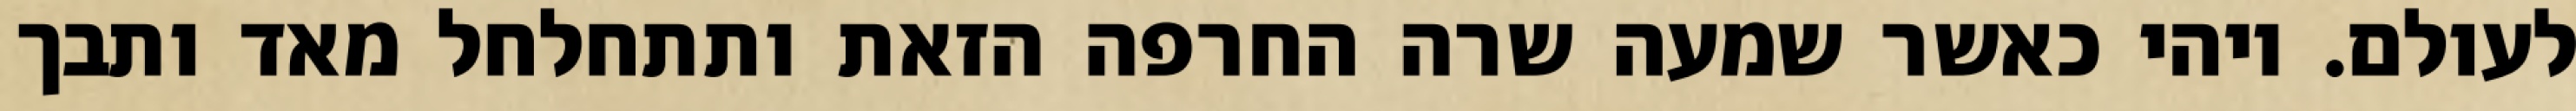
לעולם. ויהי כאשר שמעה שרה החרפה הזאת ותתחלחל מאד ותבך